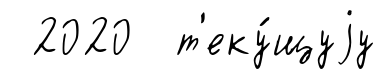
2020 т'еку́щуjу